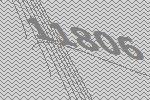
11806